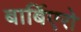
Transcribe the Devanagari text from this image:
बार्बिएरो